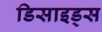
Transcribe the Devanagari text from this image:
डिसाइड्स